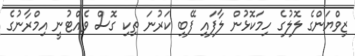
ޒިވްޔަންގެ ލޮލުގެ ހިމަކޮޅުން ލާފައި ފޭބި ކަރުނަ ތިކި ގޮސް ވެއްޓުނީ އިމްރާނުގެ